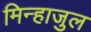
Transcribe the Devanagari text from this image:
मिन्हाजुल